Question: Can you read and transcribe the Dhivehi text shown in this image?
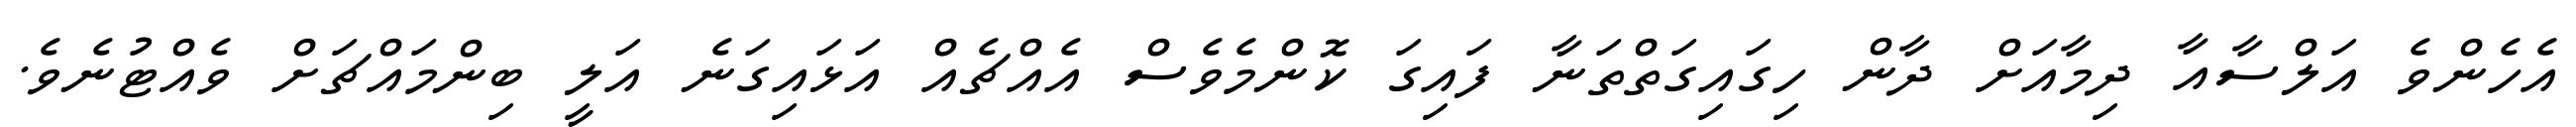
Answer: އެހެންވެ އަލްސާއާ ދިމާއަށް ދާން ހިގައިގަތްތަނާ ފައިގަ ކޮންމެވެސް އެއްޗެއް އަޅައިގަނެ އަލީ ބިންމައްޗަށް ވެއްޓުނެވެ.